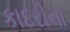
કાદરીના